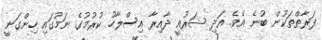
ފަރާތްތަކުން ބުނެ އެވެ. އަދި ޝަރުއީ ދާއިރާ އިސްލާހު ކުރުމުގެ ނަމުގައި ހިންގަނީ